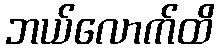
ဘယ်လောက်ထိ